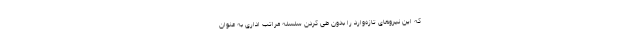
که این نیروهای تازه‌وارد را بدون طی کردن سلسله مراتب اداری به عنوان